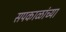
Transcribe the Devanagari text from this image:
सपकाळांच्या